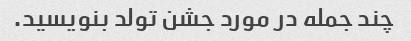
چند جمله در مورد جشن تولد بنویسید.